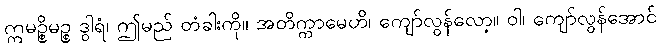
ဣမဉ္စိမဉ္စ ဒွါရံ၊ ဤမည် တံခါးကို။ အတိက္ကာမေဟိ၊ ကျော်လွန်လော့။ ဝါ၊ ကျော်လွန်အောင်